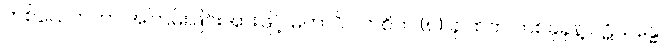
တစ်ယေက်ဟာ အကြမ်းဖြင်းအားဖြင့် မဟာဝိပါက်စိတ် (၈) ခု ထဲက တစ်ခုခုနဲ့ ပဋိသန္ဓေ